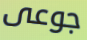
جوعى